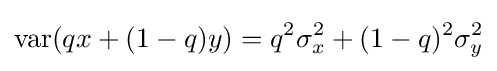
{\text{var}}(qx+(1-q)y)=q^{2}\sigma _{x}^{2}+(1-q)^{2}\sigma _{y}^{2}